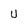
Character: U